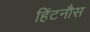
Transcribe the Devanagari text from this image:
हिंटनौस